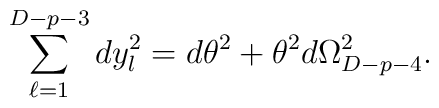
\sum_{\ell=1}^{D-p-3}d y^{2}_{l}= d\theta^{2} +\theta^{2}d \Omega^{2}_{D-p-4}.